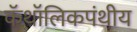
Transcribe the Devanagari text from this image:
कॅथॉलिकपंथीय